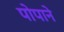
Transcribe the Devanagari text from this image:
पोपाने